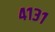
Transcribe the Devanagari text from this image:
४१३१